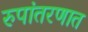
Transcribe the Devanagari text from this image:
रुपांतरणात